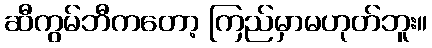
ဆီကွမ်ဘီကတော့ ကြည်မှာမဟုတ်ဘူး။